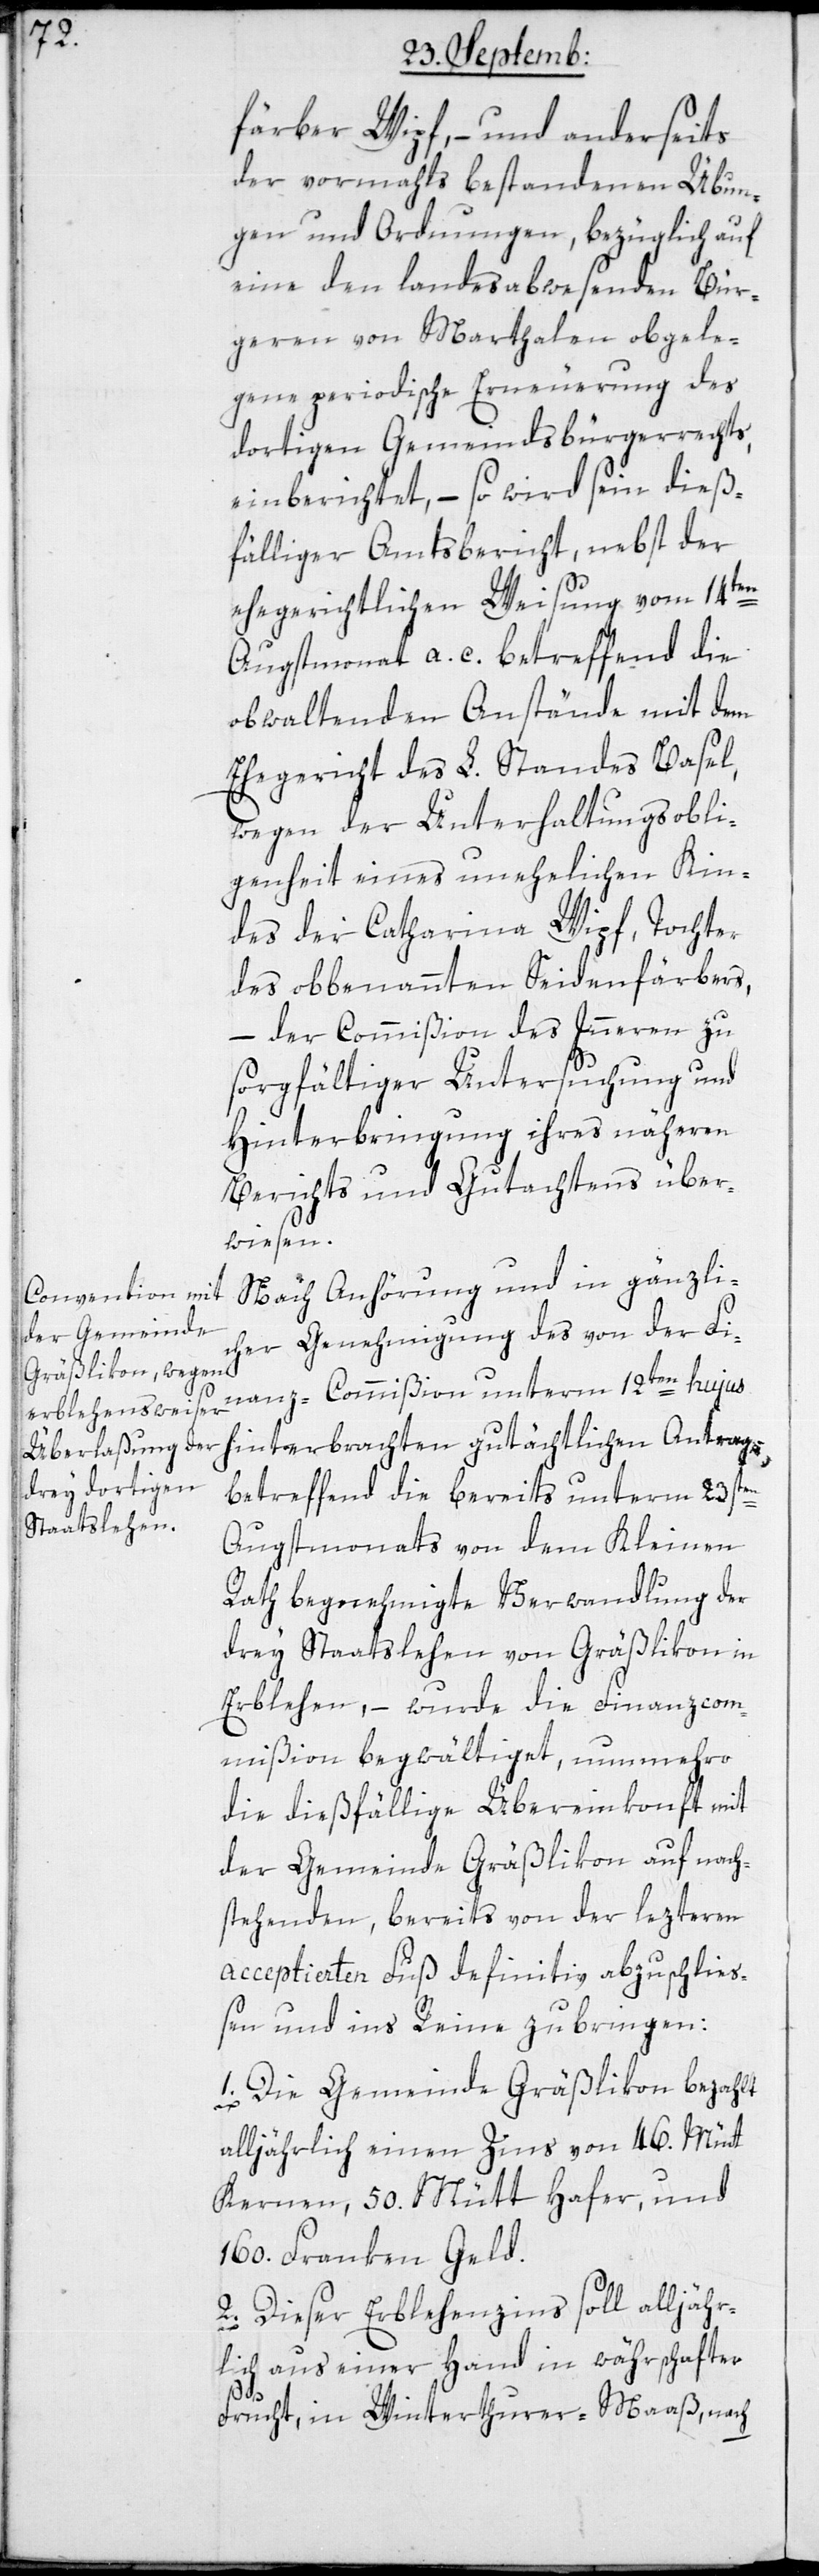
färber Wipf, – und anderseits
der vormahls bestandenen Übun¬
gen und Ordnungen, bezüglich auf
eine den landesabwesenden Bür¬
geren von Marthalen obgele¬
gene periodische Erneuerung des
dortigen Gemeindsbürgerrechts,
einberichtet, – so wird sein dieß¬
fälliger Amtsbericht, nebst der
ehegerichtlichen Weisung vom 14ten
Augstmonat a. c. betreffend die
obwaltenden Anstände mit dem
Ehegericht des L. Standes Basel,
wegen der Unterhaltungsoblie¬
genheit eines unehelichen Kin¬
des der Catharina Wipf, Tochter
des obbenannten Seidenfärbers,
– der Commißion des Innern zu
sorgfältiger Untersuchung und
Hinterbringung ihres näheren
Berichts und Gutachtens über¬
wiesen.
Nach Anhörung und in gänzli¬
cher Genehmigung des von der Fi¬
nanz-Commißion unterm 12ten hujus
hinterbrachten gutächtlichen Antrags,
betreffend die bereits unterm 23sten
Augstmonats von dem Kleinen
Rath begnehmigte Verwandlung der
drey Staatslehen von Gräßlikon in
Erblehen, – wurde die Finanz-Com¬
mißion begwältiget, nunmehro
die dießfällige Übereinkonft mit
der Gemeinde Gräßlikon auf nach¬
stehenden, bereits von der lezteren
acceptierten Fuß definitiv abzuschlie¬
ßen und ins Reine zu bringen:
1. Die Gemeinde Gräßlikon bezahlt
alljährlich einen Zins von 46. Mütt
Kernen, 50. Mütt Hafer und
160. Franken Geld.
2. Dieser Erblehenzins soll alljähr¬
lich aus einer Hand in währhafter
Frucht, in Winterthurer-Maaß, nach